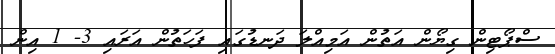
ސްޕޯޓިން ގިޔޯން އަތުން އަމިއްލަ ދަނޑުގައި ފަހަތުން އަރައި 3- 1 އިން